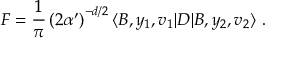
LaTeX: F = \frac { 1 } { \pi } \left( 2 \alpha ^ { \prime } \right) ^ { - d / 2 } \langle B , y _ { 1 } , v _ { 1 } | D | B , y _ { 2 } , v _ { 2 } \rangle ~ .